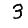
Digit: 3